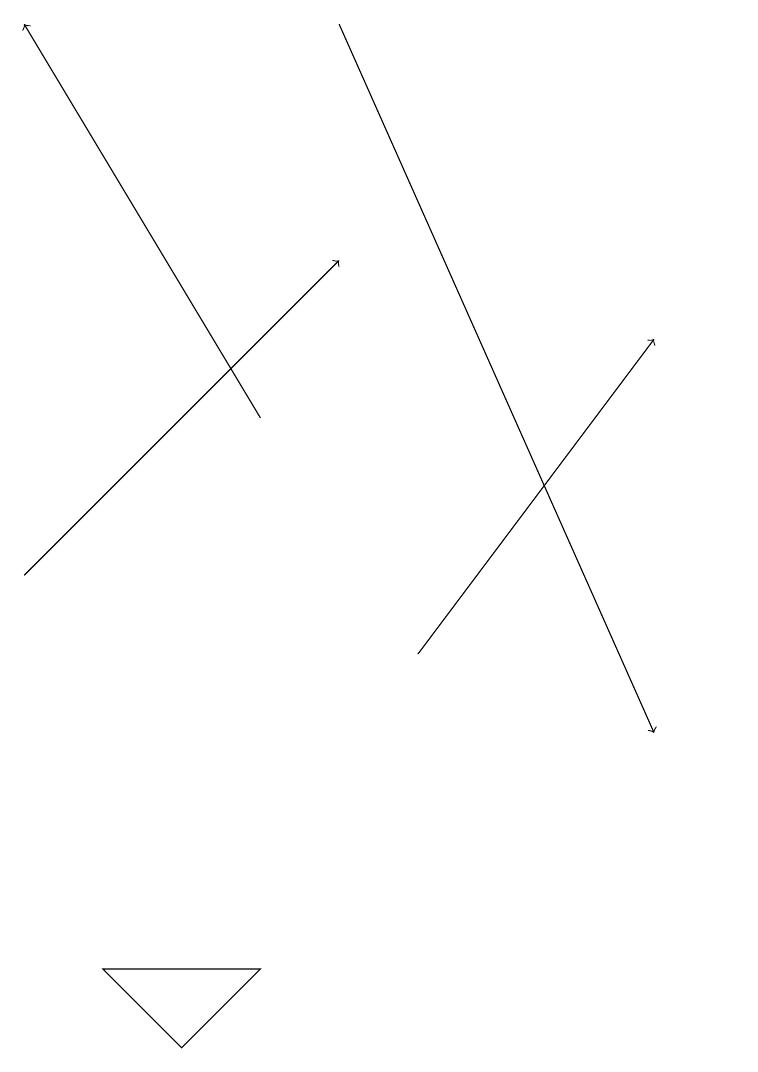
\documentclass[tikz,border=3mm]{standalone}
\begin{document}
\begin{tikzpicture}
\draw[->] (4,14) -- (1,19);
\draw (2,7) -- (3,6) -- (4,7) -- cycle;
\draw[->] (6,11) -- (9,15);
\draw[->] (5,19) -- (9,10);
\draw[->] (1,12) -- (5,16);
\draw (10,10) circle (0);
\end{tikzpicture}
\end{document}